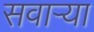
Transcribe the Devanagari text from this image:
सवाऱ्या